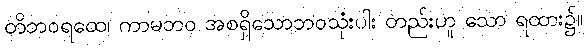
တိဘဝရထေ၊ ကာမဘဝ အစရှိသောဘဝသုံးပါး တည်းဟူ သော ရထား၌။